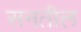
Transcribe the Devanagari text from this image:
सनतील